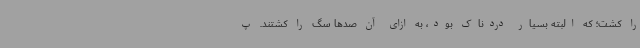
را کشت؛ که البته بسیار دردناک بود، به ازای آن صدها سگ را کشتند. پ